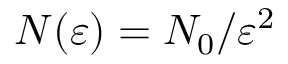
N ( \varepsilon ) = N _ { 0 } / \varepsilon ^ { 2 }